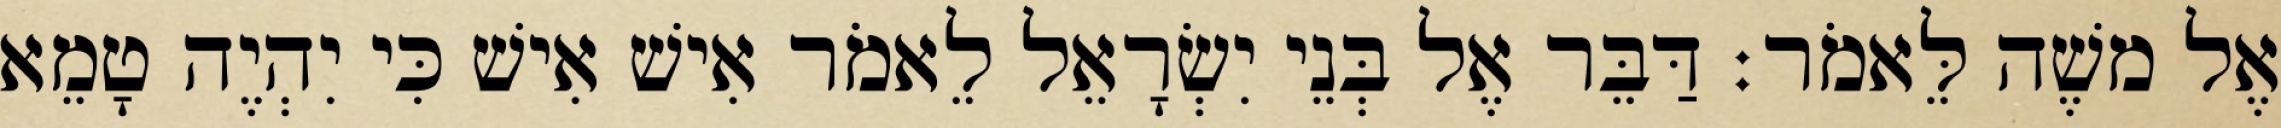
אֶל משֶׁה לֵּאמֹר׃ דַּבֵּר אֶל בְּנֵי יִשְׂרָאֵל לֵאמֹר אִישׁ אִישׁ כִּי יִהְיֶה טָמֵא